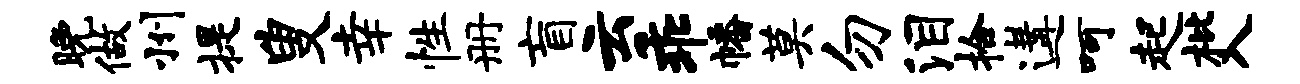
晚做州提叟幸性册盲云乖幡莫勿泪拾遘呵起枇入